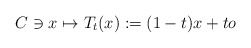
\begin{align*}C \ni x \mapsto T_{t} (x) : = (1-t)x + t o\end{align*}